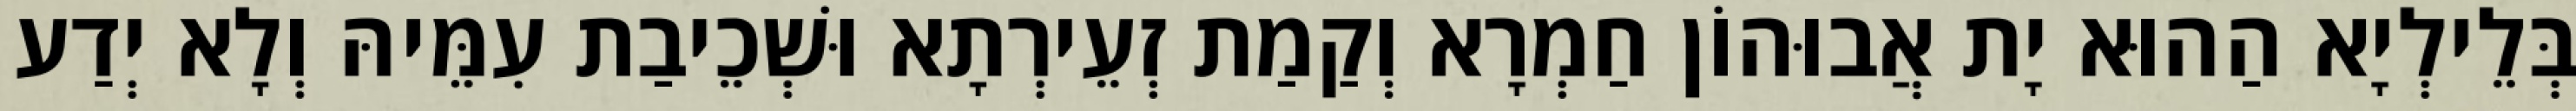
בְּלֵילְיָא הַהוּא יָת אֲבוּהוֹן חַמְרָא וְקַמַת זְעֵירְתָא וּשְׁכֵיבַת עִמֵּיהּ וְלָא יְדַע